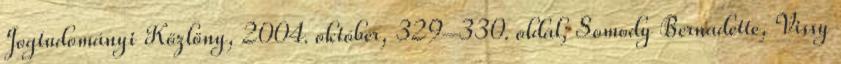
Jogtudományi Közlöny, 2004. október, 329–330. oldal; Somody Bernadette, Vissy